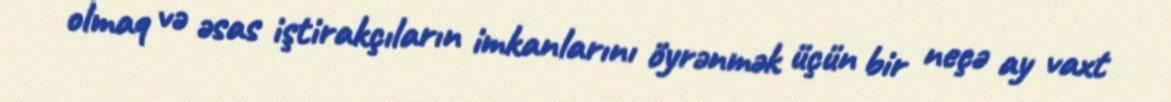
olmaq və əsas iştirakçıların imkanlarını öyrənmək üçün bir neçə ay vaxt